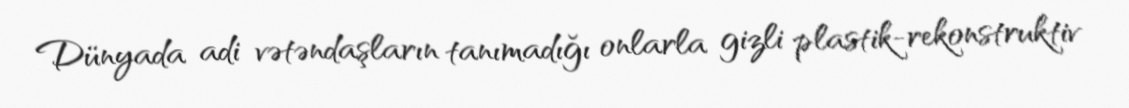
Dünyada adi vətəndaşların tanımadığı onlarla gizli plastik-rekonstruktiv